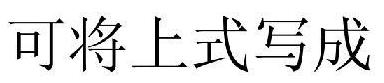
可将上式写成